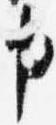
申